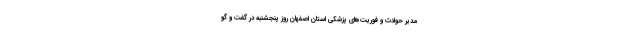
مدیر حوادث و فوریت‌های پزشکی استان اصفهان روز پنجشنبه در گفت و گو